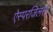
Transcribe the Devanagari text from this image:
ऐस्परजिलस